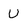
Character: U